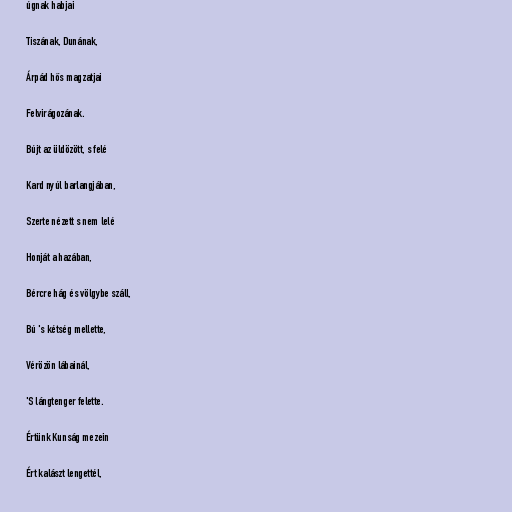
úgnak habjai

Tiszának, Dunának,

Árpád hős magzatjai

Felvirágozának.

Bújt az üldözött, s felé

Kard nyúl barlangjában,

Szerte nézett s nem lelé

Honját a hazában,

Bércre hág és völgybe száll,

Bú 's kétség mellette,

Vérözön lábainál,

'S lángtenger felette.

Értünk Kunság mezein

Ért kalászt lengettél,